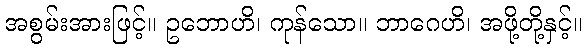
အစွမ်းအားဖြင့်။ ဥဘောဟိ၊ ကုန်သော။ ဘာဂေဟိ၊ အဖို့တို့နှင့်။